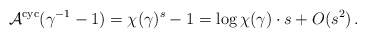
\begin{align*} \mathcal{A}^{\rm cyc}(\gamma^{-1}-1)=\chi(\gamma)^s-1=\log\chi(\gamma)\cdot s+O(s^2)\,. \end{align*}